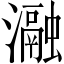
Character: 瀜